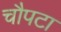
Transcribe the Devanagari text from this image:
चौपटा